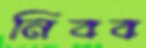
নিবব